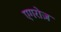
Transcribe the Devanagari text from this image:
एगरोज़